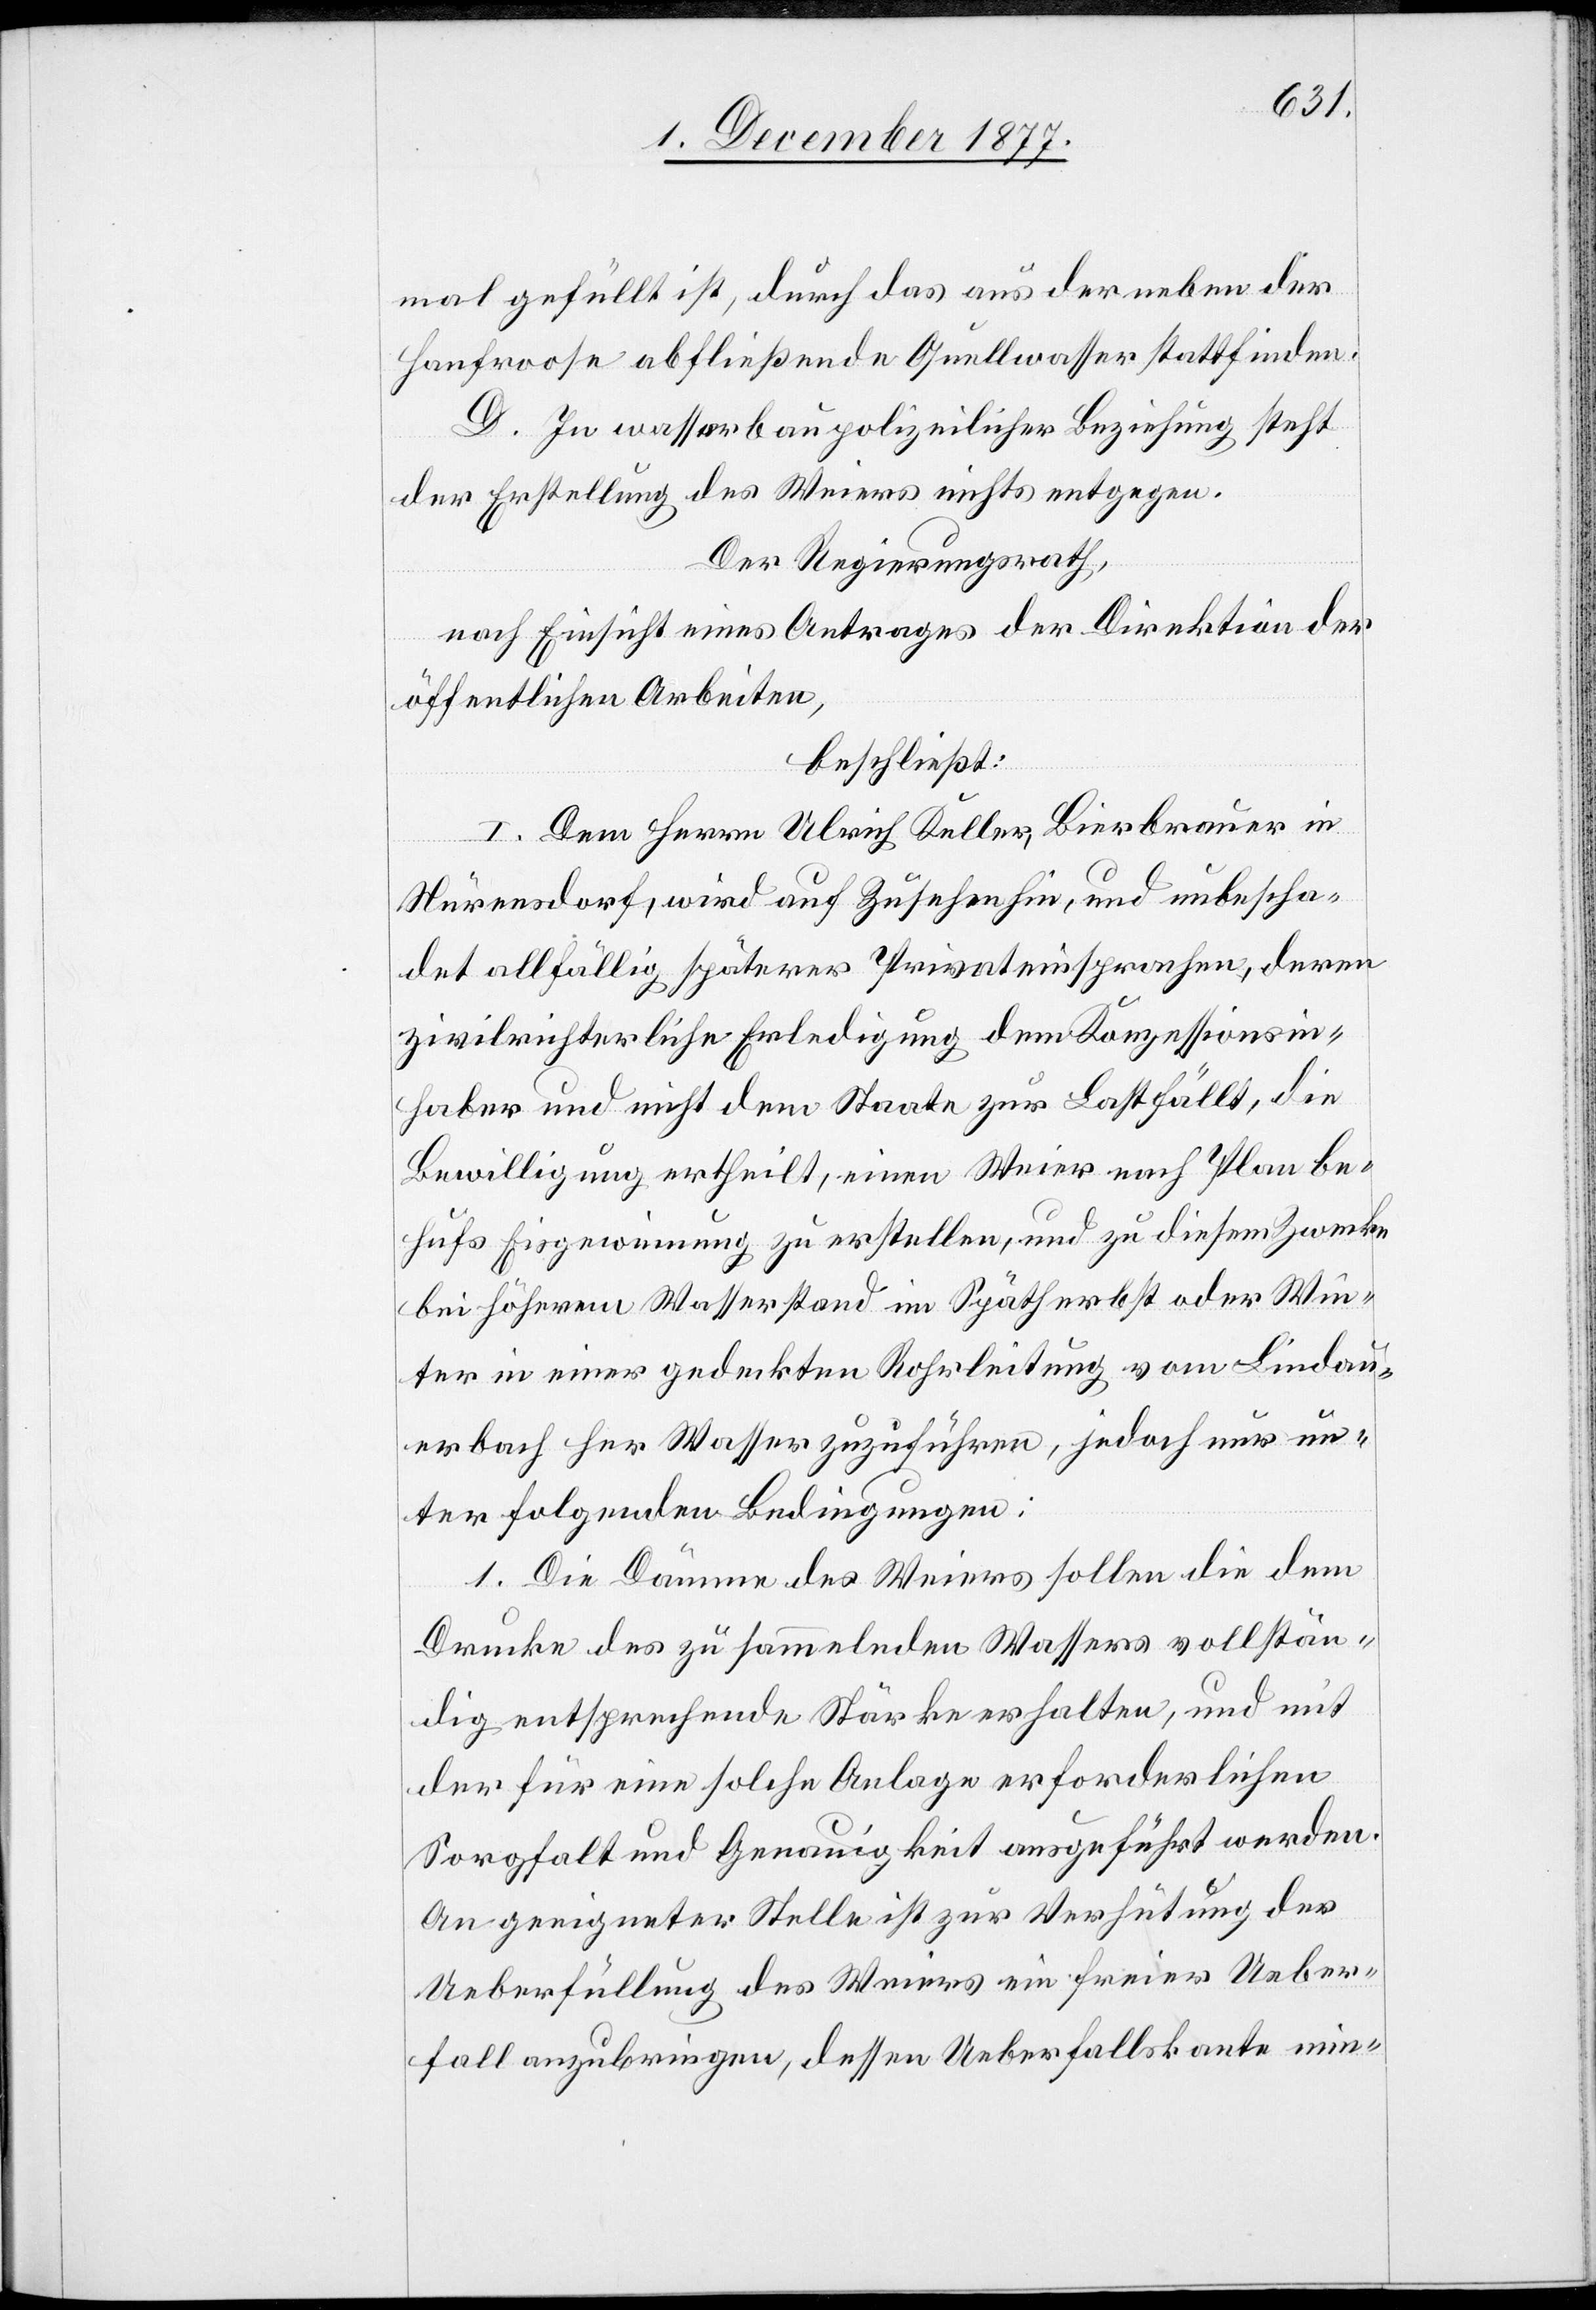
mal gefüllt ist, durch das aus der neben der
Hanfroose abfließende Quellwasser stattfinden.
D. In wasserbaupolizeilicher Beziehung steht
der Erstellung des Weiers nichts entgegen.
Der Regierungsrath,
nach Einsicht eines Antrages der Direktion der
öffentlichen Arbeiten,
beschließt:
I. Dem Herrn Ulrich Keller, Bierbrauer in
Nürensdorf, wird auf Zusehen hin, und unbescha¬
det allfällig späterer Privateinsprachen, deren
zivilrichterliche Erledigung dem Konzessionsin¬
haber und nicht dem Staate zur Last fällt, die
Bewilligung ertheilt, einen Weier nach Plan be¬
hufs Eisgewinnung zu erstellen, und zu diesem Zwecke
bei höherem Wasserstand im Spätherbst oder Win¬
ter in einer gedeckten Rohrleitung vom Lindau¬
erbach her Wasser zuzuführen, jedoch nur un¬
ter folgenden Bedingungen:
1. Die Dämme des Weiers sollen die dem
Drucke des zu sammelnden Wassers vollstän¬
dig entsprechende Stärke erhalten, und mit
der für eine solche Anlage erforderlichen
Sorgfalt und Genauigkeit ausgeführt werden.
An geeigneter Stelle ist zur Verhütung der
Ueberfüllung des Weiers ein freier Ueber¬
fall anzubringen, dessen Ueberfallskante min-